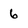
Character: 6